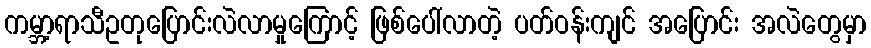
ကမ္ဘာ့ရာသီဥတုပြောင်းလဲလာမှုကြောင့် ဖြစ်ပေါ်လာတဲ့ ပတ်ဝန်းကျင် အပြောင်း အလဲတွေမှာ